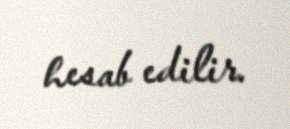
hesab edilir.